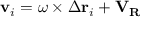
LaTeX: \mathbf { v } _ { i } = { \boldsymbol { \omega } } \times \Delta \mathbf { r } _ { i } + \mathbf { V } _ { \mathbf { R } }